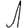
Digit: 1